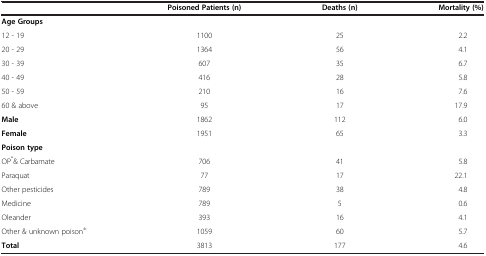
<table><thead><tr><td><b> </b></td><td><b>Poisoned Patients (n)</b></td><td><b>Deaths (n)</b></td><td><b>Mortality (%)</b></td></tr></thead><tbody><tr><td><b>Age Groups</b></td><td> </td><td> </td><td> </td></tr><tr><td>12 - 19</td><td>1100</td><td>25</td><td>2.2</td></tr><tr><td>20 - 29</td><td>1364</td><td>56</td><td>4.1</td></tr><tr><td>30 - 39</td><td>607</td><td>35</td><td>6.7</td></tr><tr><td>40 - 49</td><td>416</td><td>28</td><td>5.8</td></tr><tr><td>50 - 59</td><td>210</td><td>16</td><td>7.6</td></tr><tr><td>60 &amp; above</td><td>95</td><td>17</td><td>17.9</td></tr><tr><td><b>Male</b></td><td>1862</td><td>112</td><td>6.0</td></tr><tr><td><b>Female</b></td><td>1951</td><td>65</td><td>3.3</td></tr><tr><td><b>Poison type</b></td><td> </td><td> </td><td> </td></tr><tr><td>OP<sup>*</sup>&amp; Carbamate</td><td>706</td><td>41</td><td>5.8</td></tr><tr><td>Paraquat</td><td>77</td><td>17</td><td>22.1</td></tr><tr><td>Other pesticides</td><td>789</td><td>38</td><td>4.8</td></tr><tr><td>Medicine</td><td>789</td><td>5</td><td>0.6</td></tr><tr><td>Oleander</td><td>393</td><td>16</td><td>4.1</td></tr><tr><td>Other &amp; unknown poison<sup>±</sup></td><td>1059</td><td>60</td><td>5.7</td></tr><tr><td><b>Total</b></td><td>3813</td><td>177</td><td>4.6</td></tr></tbody></table>